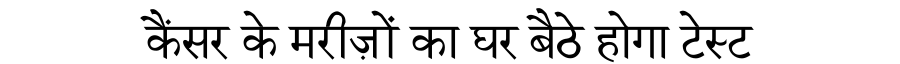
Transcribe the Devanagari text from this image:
कैंसर के मरीज़ों का घर बैठे होगा टेस्ट